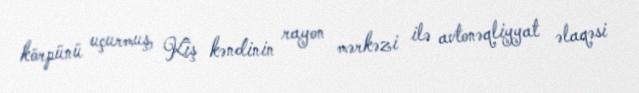
körpünü uçurmuş, Kiş kəndinin rayon mərkəzi ilə avtonəqliyyat əlaqəsi